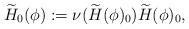
LaTeX: \begin{align*}\widetilde{H}_0(\phi):=\nu(\widetilde{H}(\phi)_0)\widetilde{H}(\phi)_0, \end{align*}